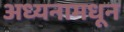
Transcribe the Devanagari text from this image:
अध्यनामधून